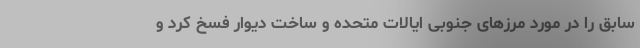
سابق را در مورد مرزهای جنوبی ایالات متحده و ساخت دیوار فسخ کرد و